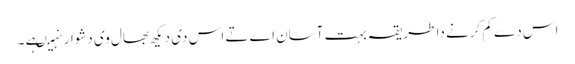
اس دے کم کرنے دا طریقہ بہت آسان اے تے اس د‏ی دیکھ بھال وی دشوار نہیںہے ۔